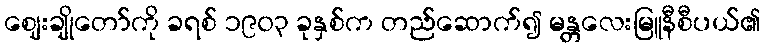
ဈေးချိုတော်ကို ခရစ် ၁၉၀၃ ခုနှစ်က တည်ဆောက်၍ မန္တလေးမြူနီစီပယ်၏